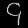
Digit: ၄